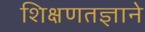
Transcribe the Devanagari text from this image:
शिक्षणतज्ञाने